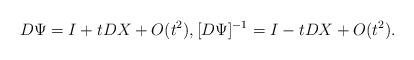
LaTeX: \begin{align*}D\Psi=I+tD X+O(t^{2}),[D\Psi]^{-1}=I-tD X+O(t^{2}).\end{align*}